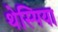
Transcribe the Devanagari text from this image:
थेस्पिया